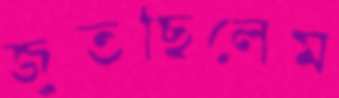
জুতছিলেম